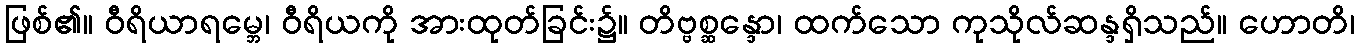
ဖြစ်၏။ ဝီရိယာရမ္ဘေ၊ ဝီရိယကို အားထုတ်ခြင်း၌။ တိဗ္ဗစ္ဆန္ဒော၊ ထက်သော ကုသိုလ်ဆန္ဒရှိသည်။ ဟောတိ၊